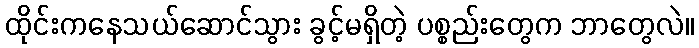
ထိုင်းကနေသယ်ဆောင်သွား ခွင့်မရှိတဲ့ ပစ္စည်းတွေက ဘာတွေလဲ။